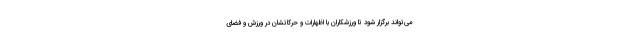
می‌تواند برگزار شود تا ورزشکاران با اظهارات و حرکاتشان در ورزش و فضای